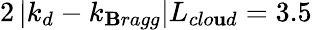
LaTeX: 2\left|k_{d}-k_{\mathbf{B}ragg}\right|L_{clo\mathbf{u}d}=3.5